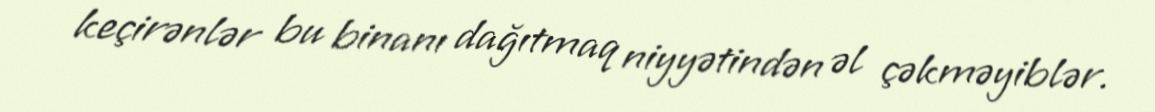
keçirənlər bu binanı dağıtmaq niyyətindən əl çəkməyiblər.